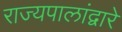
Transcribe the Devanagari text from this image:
राज्यपालांद्वारे